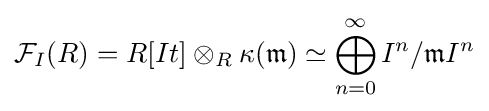
{\mathcal {F}}_{I}(R)=R[It]\otimes _{R}\kappa ({\mathfrak {m}})\simeq \bigoplus _{n=0}^{\infty }I^{n}/{\mathfrak {m}}I^{n}